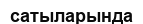
сатыларында